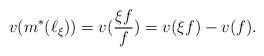
LaTeX: \begin{align*} v(m^*(\ell_\xi))=v(\frac{\xi f}{f})=v(\xi f)-v(f). \end{align*}